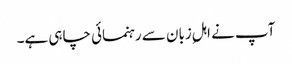
آپ نے اہلِ زبان سے رہنمائی چاہی ہے۔